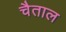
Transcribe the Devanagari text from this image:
चैताल